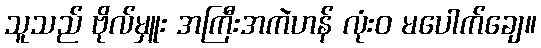
သူသည် ဗိုလ်မှူး အကြီးအကဲဟန် လုံးဝ မပေါက်ချေ။